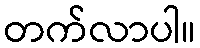
တက်လာပါ။